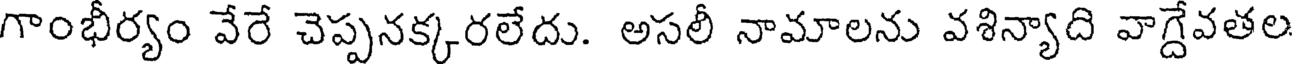
గాంభీర్యం వేరే చెప్పనక్కరలేదు. అసలీ నామాలను వశిన్యాది వాగ్దేవతల